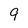
Character: 9